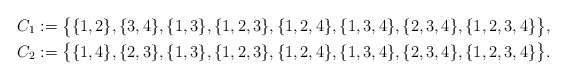
\begin{align*}C_1&:=\bigl\{\{1,2\},\{3,4\},\{1,3\},\{1,2,3\},\{1,2,4\},\{1,3,4\},\{2,3,4\},\{1,2,3,4\}\bigr\}, \\C_2&:=\bigl\{ \{1,4\},\{2,3\}, \{1,3\},\{1,2,3\},\{1,2,4\},\{1,3,4\},\{2,3,4\},\{1,2,3,4\}\bigr\}.\end{align*}